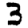
Digit: 3